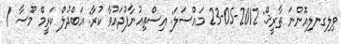
ވިލިގނލިއޮންނަ ތާރީޚް: 2012-05-23 މައްސަލަ: އިސްތިޢުނާފުދައުވާ ކުރާ: އަބްދުލް ކަރީމް މޫސާ /